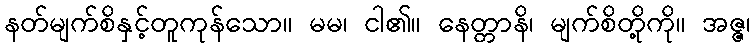
နတ်မျက်စိနှင့်တူကုန်သော။ မမ၊ ငါ၏။ နေတ္တာနိ၊ မျက်စိတို့ကို။ အဇ္ဇ၊